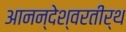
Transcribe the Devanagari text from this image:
आनन्देश्वरतीर्थ